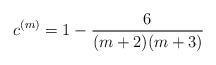
\begin{align*} c^{(m)} = 1-\frac{6}{(m+2)(m+3)}\end{align*}